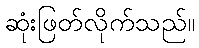
ဆုံးဖြတ်လိုက်သည်။